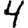
Digit: 4